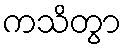
ကသိတွာ